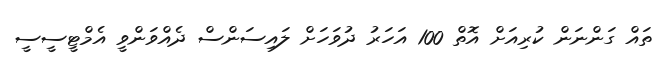
ތައް ގަންނަން ކުރިއަށް އޮތް 100 އަހަރު ދުވަހަށް ލައިސަންސް ދެއްވަންވީ އެމްޓީސީސީ